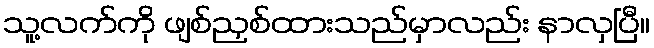
သူ့လက်ကို ဖျစ်ညှစ်ထားသည်မှာလည်း နာလှပြီ။